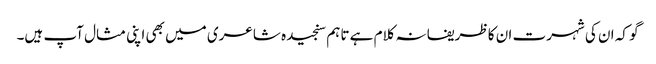
گو کہ ان کی شہرت ان کا ظریفانہ کلام ہے تاہم سنجیدہ شاعری میں بھی اپنی مثال آپ ہیں۔